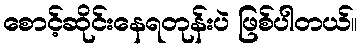
စောင့်ဆိုင်းနေရတုန်းပဲ ဖြစ်ပါတယ်။